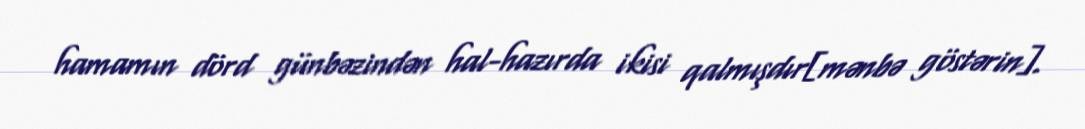
hamamın dörd günbəzindən hal-hazırda ikisi qalmışdır[mənbə göstərin].